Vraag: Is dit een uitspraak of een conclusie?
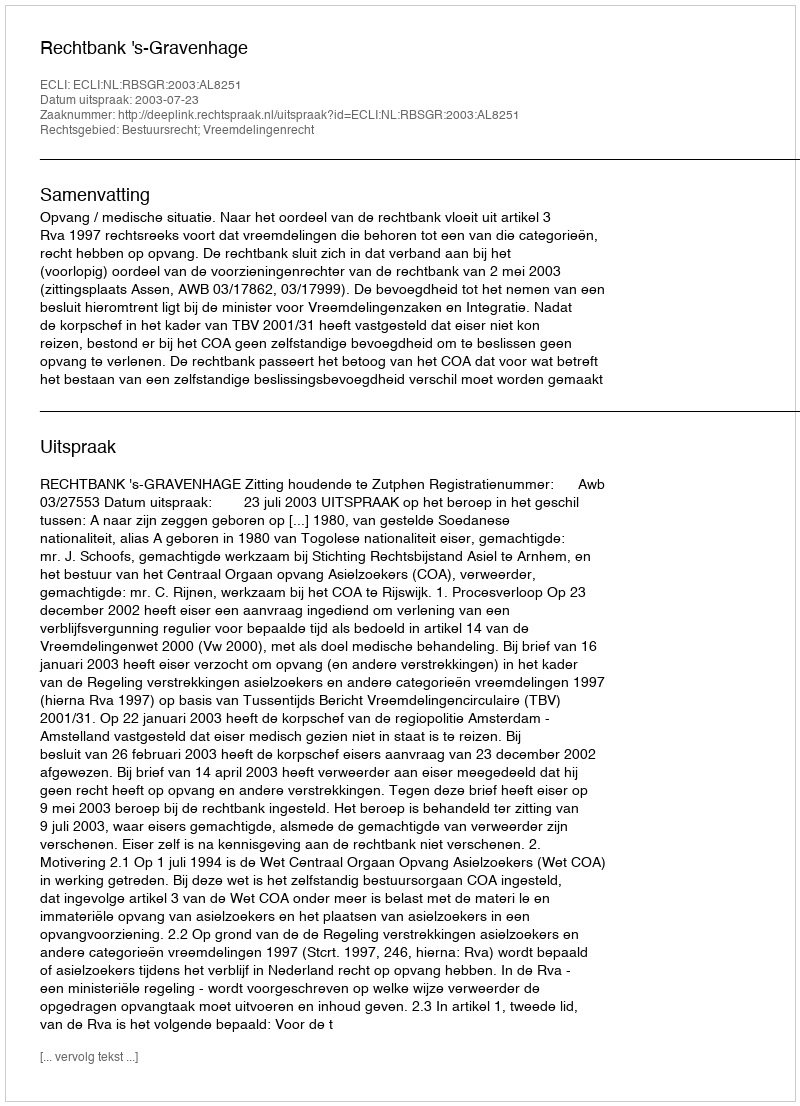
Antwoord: Uitspraak